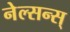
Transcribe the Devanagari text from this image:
नेल्सन्स्